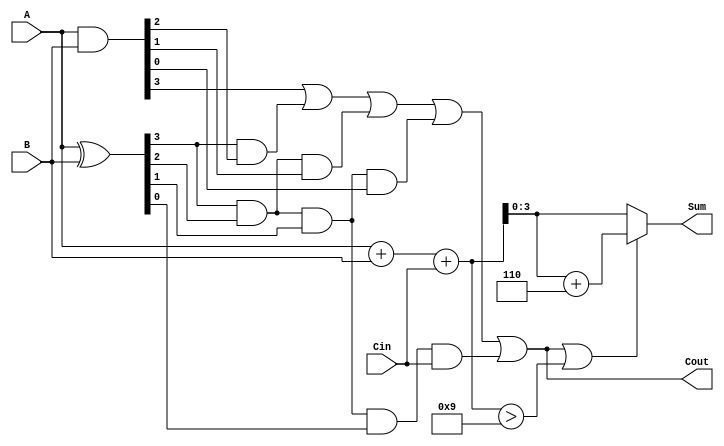
module BCD_Carry_Lookahead_Adder (
    input  [3:0] A,       // First BCD digit
    input  [3:0] B,       // Second BCD digit
    input        Cin,      // Carry input
    output [3:0] Sum,      // BCD sum output
    output       Cout      // Carry output
);

    // Internal signals for propagate and generate
    wire [3:0] P; // Propagate signals
    wire [3:0] G; // Generate signals
    wire [4:0] C; // Carry signals

    // Propagate and generate logic
    assign P = A ^ B; // P[i] = A[i] XOR B[i]
    assign G = A & B; // G[i] = A[i] AND B[i]

    // Carry lookahead logic
    assign C[0] = Cin; // C[0] is the carry input
    assign C[1] = G[0] | (P[0] & C[0]);
    assign C[2] = G[1] | (P[1] & G[0]) | (P[1] & P[0] & C[0]);
    assign C[3] = G[2] | (P[2] & G[1]) | (P[2] & P[1] & G[0]) | (P[2] & P[1] & P[0] & C[0]);
    assign C[4] = G[3] | (P[3] & G[2]) | (P[3] & P[2] & G[1]) | (P[3] & P[2] & P[1] & G[0]) | (P[3] & P[2] & P[1] & P[0] & C[0]);

    // Raw sum calculation
    wire [4:0] RawSum; // Using 5 bits to accommodate carry
    assign RawSum = {1'b0, A} + {1'b0, B} + Cin; // A + B + Cin

    // Final sum calculation
    assign Sum = (C[4] || (RawSum > 9)) ? (RawSum + 5'd6) : RawSum[3:0]; // If carry out or RawSum > 9, add 6
    assign Cout = C[4]; // Carry out

endmodule